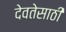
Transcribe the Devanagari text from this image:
देवतेसाठी